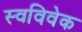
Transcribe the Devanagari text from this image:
स्‍वविवेक